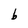
Character: b